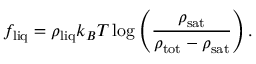
f _ { \mathrm { l i q } } = \rho _ { \mathrm { l i q } } k _ { B } T \log \left( \frac { \rho _ { \mathrm { s a t } } } { \rho _ { \mathrm { t o t } } - \rho _ { \mathrm { s a t } } } \right) .